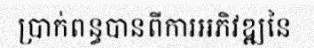
ប្រាក់ពន្ធបានពីការអភិវឌ្ឍនៃ